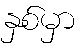
နှစ်မှာ